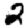
Digit: 2